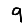
Digit: 9